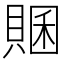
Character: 𧶞